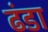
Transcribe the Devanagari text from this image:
ढंडा